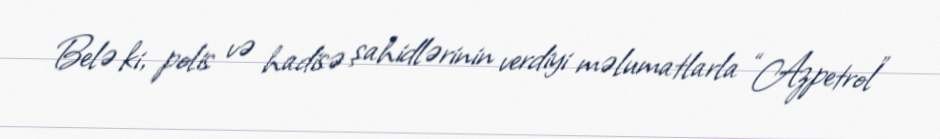
Belə ki, polis və hadisə şahidlərinin verdiyi məlumatlarla “Azpetrol”